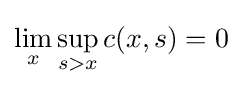
\lim _{x}\sup _{s>x}c(x,s)=0